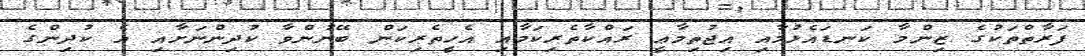
ފަރާތްތަކުގެ ޒިންމާ ކަނޑައެޅުމާއި އިޖުތިމާޢީ ރައްކާތެރިކަމާއި އެހީތެރިކަން ބޭނުންވާ ކުދިންނަށާއި އެ ކުދިންގެ